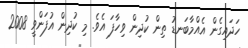
ހަދައިގެން އެއްމާބަނޑު ތިން ކުދިން ވިހާފަ އެވެ. މި ކުދިން އުފަންވީ 2008